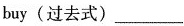
buy(过去式)___